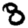
Digit: 8